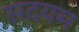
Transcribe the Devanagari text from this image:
सदयम